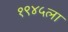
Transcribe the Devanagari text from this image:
१९४५ला